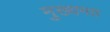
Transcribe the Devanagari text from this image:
मुख्यमठ